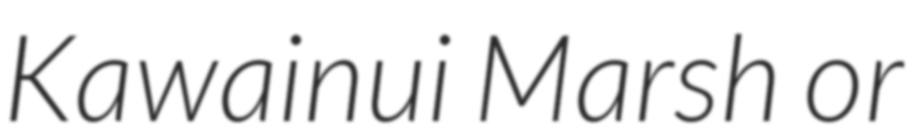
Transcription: Kawainui Marsh or